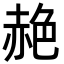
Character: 赩